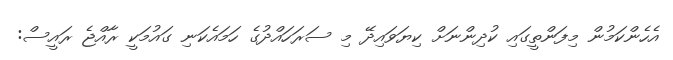
އެހެންކަމުން މިފަންތީގައި ކުދިންނަށް ކިޔަވައިދޭ މި ސަރަހައްދުގެ ހަމައެކަނި ގައުމަކީ ރާއްޖެ ރައީސް: